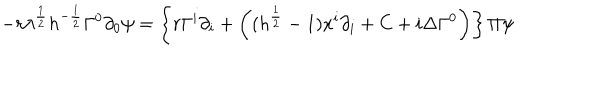
LaTeX: - r \lambda ^ { \frac { 1 } { 2 } } h ^ { - \frac { 1 } { 2 } } \Gamma ^ { 0 } \partial _ { 0 } \psi = \left\{ r \Gamma ^ { i } \partial _ { i } + \left( ( h ^ { \frac { 1 } { 2 } } - 1 ) x ^ { i } \partial _ { i } + C + i \Delta \Gamma ^ { 0 } \right) \right\} \Pi \psi